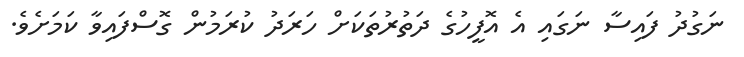
ނަގުދު ފައިސާ ނަގައި އެ އޮފީހުގެ ދަތުރުތަކަށް ހަރަދު ކުރަމުން ގޮސްފައިވާ ކަމަށެވެ.